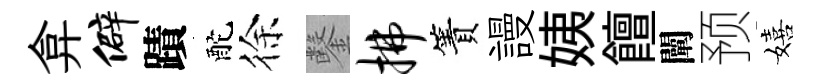
弇僻蹟酡徐鑿拂簀謾姨饘闡预嬉